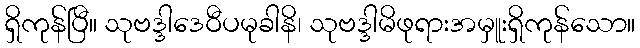
ရှိကုန်ပြီ။ သုဗဒ္ဒါဒေဝီပမုခါနိ၊ သုဗဒ္ဒါမိဖုရားအမှူးရှိကုန်သော။